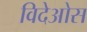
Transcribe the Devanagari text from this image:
विदेओस